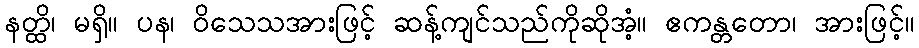
နတ္ထိ၊ မရှိ။ ပန၊ ဝိသေသအားဖြင့် ဆန့်ကျင်သည်ကိုဆိုအံ့။ ဧကန္တတော၊ အားဖြင့်။